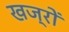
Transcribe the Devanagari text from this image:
खज्रों